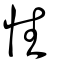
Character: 性